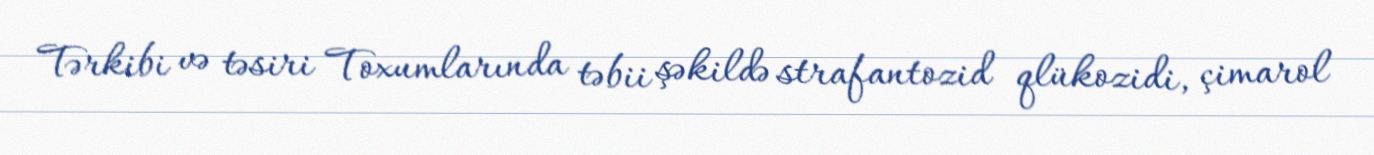
Tərkibi və təsiri Toxumlarında təbii şəkildə strafantozid qlükozidi, çimarol